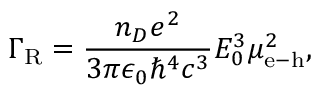
\Gamma _ { \mathrm { R } } = \frac { n _ { D } e ^ { 2 } } { 3 \pi \epsilon _ { 0 } \hbar ^ { 4 } c ^ { 3 } } E _ { 0 } ^ { 3 } \mu _ { \mathrm { e } - \mathrm { h } } ^ { 2 } ,